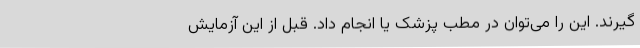
گیرند. این را می‌توان در مطب پزشک یا انجام داد. قبل از این آزمایش